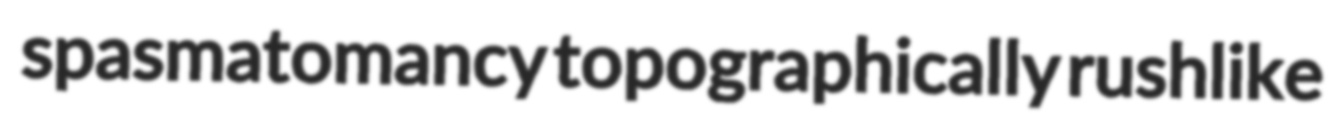
spasmatomancy topographically rushlike